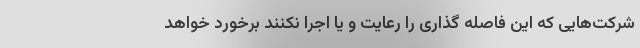
شرکت‌هایی که این فاصله گذاری را رعایت و یا اجرا نکنند برخورد خواهد